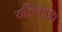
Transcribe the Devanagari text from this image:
यज्ञिनोऽपि